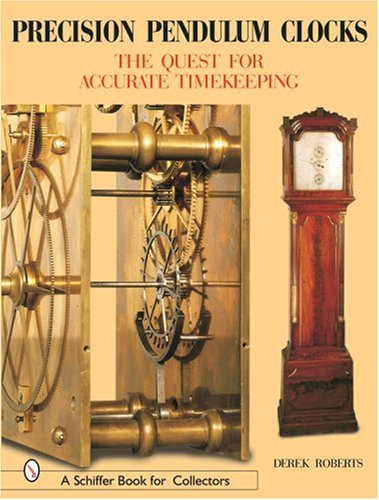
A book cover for Precision Pendulum Clocks: The Quest for Accurate Timekeeping (A Schiffer Book for Collectors) (Volume 3); Derek Roberts; Crafts, Hobbies & Home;